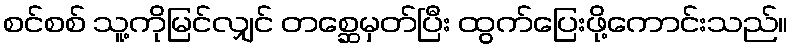
စင်စစ် သူ့ကိုမြင်လျှင် တစ္ဆေမှတ်ပြီး ထွက်ပြေးဖို့ကောင်းသည်။